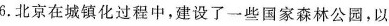
6.北京在城镇化过程中，建设了一些国家森林公园，以